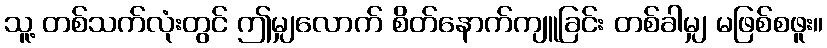
သူ့ တစ်သက်လုံးတွင် ဤမျှလောက် စိတ်နောက်ကျူခြင်း တစ်ခါမျှ မဖြစ်စဖူး။